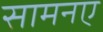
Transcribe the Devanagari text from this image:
सामनए